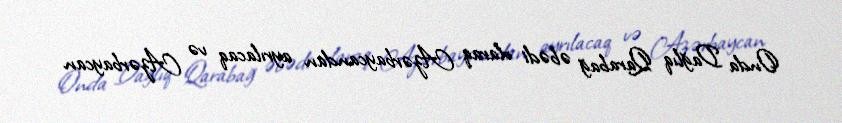
Onda Dağlıq Qarabağ əbədi olaraq Azərbaycandan ayrılacaq və Azərbaycan